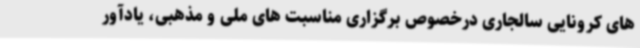
های کرونایی سالجاری درخصوص برگزاری مناسبت های ملی و مذهبی، یادآور